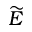
\widetilde { E }